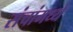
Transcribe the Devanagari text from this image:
संचांमध्ये